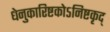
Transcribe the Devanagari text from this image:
धेनुकारिष्टकोऽनिष्टकृद्